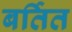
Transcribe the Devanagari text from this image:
बर्तित